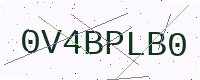
Text: 0V4BPLB0